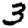
Digit: 3